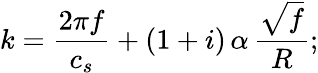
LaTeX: k=\frac{2\pi f}{c_{s}}+(1+i)\, \alpha\, \frac{\sqrt{f}}{R};